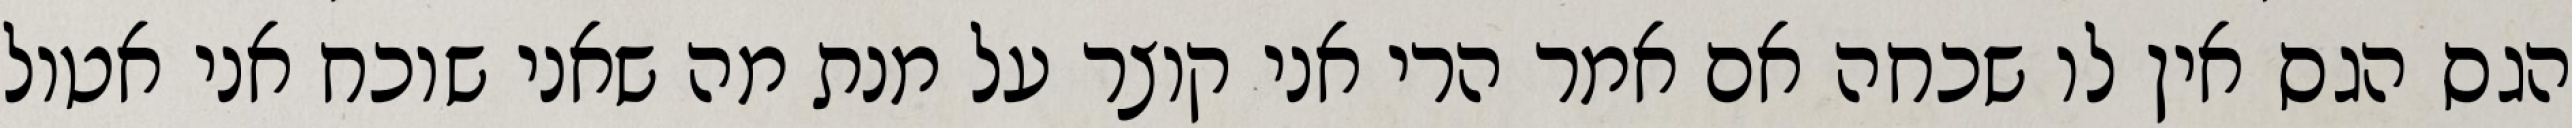
הגס הגס אין לו שכחה אם אמר הרי אני קוצר על מנת מה שאני שוכח אני אטול